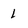
Character: 1